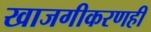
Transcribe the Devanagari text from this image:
खाजगीकरणही